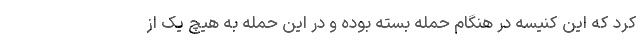
کرد که این کنیسه در هنگام حمله بسته بوده و در این حمله به هیچ یک از